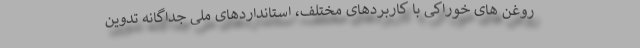
روغن های خوراکی با کاربردهای مختلف، استانداردهای ملی جداگانه تدوین